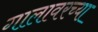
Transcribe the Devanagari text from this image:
गालावरच्या